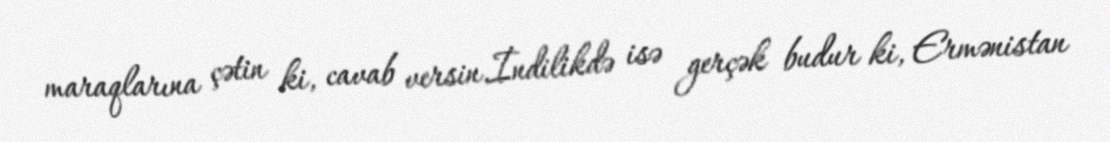
maraqlarına çətin ki, cavab versin.İndilikdə isə gerçək budur ki, Ermənistan